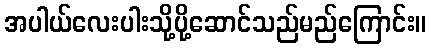
အပါယ်လေးပါးသို့ပို့ဆောင်သည်မည်ကြောင်း။